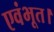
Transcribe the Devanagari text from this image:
एवंभूत।